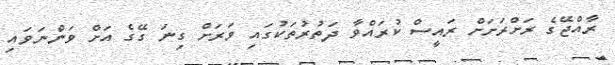
ރާއްޖޭގެ ރަށްރަށަށް ރައީސް ކުރައްވާ ދަތުރުތަކުގައި ވަރަށް ގިނަ ގޭގެ އަށް ވަންނަވައި